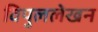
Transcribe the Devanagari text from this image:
विपुललेखन